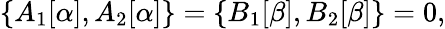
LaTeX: \{ A_{1}[\alpha],A_{2}[\alpha]\} =\{ B_{1}[\beta],B_{2}[\beta]\} =0,